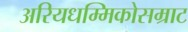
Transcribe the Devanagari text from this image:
अरियधम्मिकोसम्राट